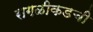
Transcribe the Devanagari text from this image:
सगळीकडची